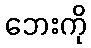
ဘေးကို